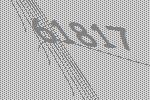
61817